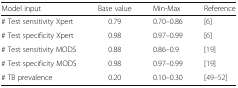
<table><thead><tr><td><b>Model input</b></td><td><b>Base value</b></td><td><b>Min-Max</b></td><td><b>Reference</b></td></tr></thead><tbody><tr><td># Test sensitivity Xpert</td><td>0.79</td><td>0.70–0.86</td><td>[6]</td></tr><tr><td># Test specificity Xpert</td><td>0.98</td><td>0.97–0.99</td><td>[6]</td></tr><tr><td># Test sensitivity MODS</td><td>0.88</td><td>0.86–0.9</td><td>[19]</td></tr><tr><td># Test specificity MODS</td><td>0.98</td><td>0.97–0.99</td><td>[19]</td></tr><tr><td># TB prevalence</td><td>0.20</td><td>0.10–0.30</td><td>[49–52]</td></tr></tbody></table>